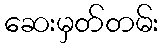
ဆေးမှတ်တမ်း